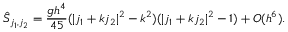
\hat { S } _ { j _ { 1 } , j _ { 2 } } = \frac { g h ^ { 4 } } { 4 5 } ( | j _ { 1 } + k j _ { 2 } | ^ { 2 } - k ^ { 2 } ) ( | j _ { 1 } + k j _ { 2 } | ^ { 2 } - 1 ) + O ( h ^ { 6 } ) .